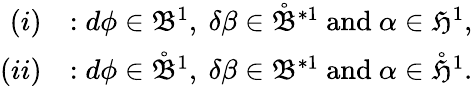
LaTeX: \begin{array}{rl}{(i)}&{:d\phi\in\mathfrak{B}^{1},\ \delta\beta\in\mathring{\mathfrak{B}}^{\ast 1}\ \mathrm{and}\ \alpha\in\mathfrak{H}^{1},}\\ {(ii)}&{:d\phi\in\mathring{\mathfrak{B}}^{1},\ \delta\beta\in\mathfrak{B}^{\ast 1}\ \mathrm{and}\ \alpha\in\mathring{\mathfrak{H}}^{1}.}\end{array}